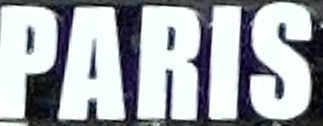
PARIS